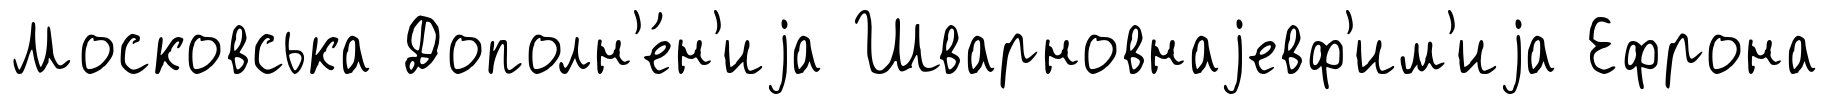
Московська Дополн'е́н'иjа Шварновнаjевф'им'иjа Ефрона